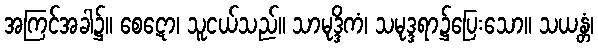
အကြင်အခါ၌။ စေဋော၊ သူငယ်သည်။ သာမုဒ္ဒိကံ၊ သမုဒ္ဒရာ၌ပြေးသော။ သယန္တံ၊